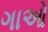
ગાઓ